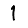
Digit: 1